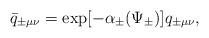
LaTeX: \begin{align*}\bar{q}_{\pm\mu\nu} = \exp[-\alpha_{\pm}(\Psi_{\pm})]q_{\pm\mu\nu}, \end{align*}